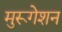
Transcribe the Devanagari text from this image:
मुरूगेशन